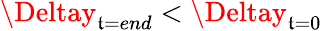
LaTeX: \Deltay_{\mathfrak{t}=end}<\Deltay_{\mathfrak{t}=0}